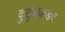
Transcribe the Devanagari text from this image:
कुटुंबाकडेच